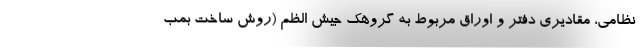
نظامی، مقادیری دفتر و اوراق مربوط به گروهک جیش الظم (روش ساخت بمب